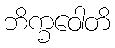
ဘိက္ခဝေါတိ